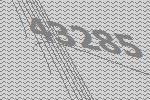
43285